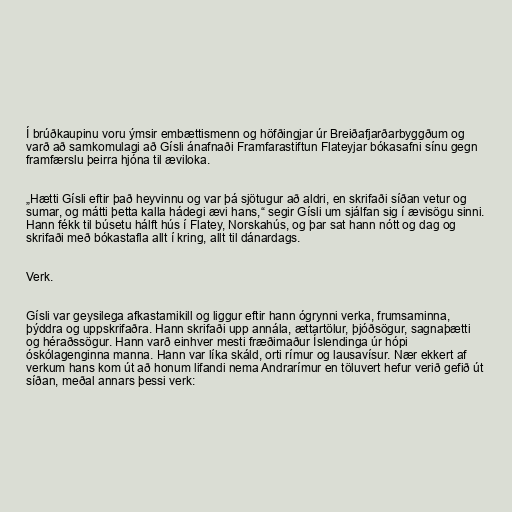
Í brúðkaupinu voru ýmsir embættismenn og höfðingjar úr Breiðafjarðarbyggðum og
varð að samkomulagi að Gísli ánafnaði Framfarastiftun Flateyjar bókasafni sínu gegn
framfærslu þeirra hjóna til æviloka.

„Hætti Gísli eftir það heyvinnu og var þá sjötugur að aldri, en skrifaði síðan vetur og
sumar, og mátti þetta kalla hádegi ævi hans,“ segir Gísli um sjálfan sig í ævisögu sinni.
Hann fékk til búsetu hálft hús í Flatey, Norskahús, og þar sat hann nótt og dag og
skrifaði með bókastafla allt í kring, allt til dánardags.

Verk.

Gísli var geysilega afkastamikill og liggur eftir hann ógrynni verka, frumsaminna,
þýddra og uppskrifaðra. Hann skrifaði upp annála, ættartölur, þjóðsögur, sagnaþætti
og héraðssögur. Hann varð einhver mesti fræðimaður Íslendinga úr hópi
óskólagenginna manna. Hann var líka skáld, orti rímur og lausavísur. Nær ekkert af
verkum hans kom út að honum lifandi nema Andrarímur en töluvert hefur verið gefið út
síðan, meðal annars þessi verk: